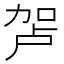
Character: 𰅏